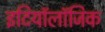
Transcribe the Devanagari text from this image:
इटियॉलॉजिक